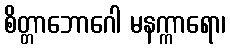
စိတ္တာဘောဂေါ မနက္ကာရော၊